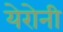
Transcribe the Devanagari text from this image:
येरोनी